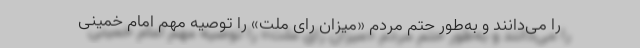
را می‌دانند و به‌طور حتم مردم «میزان راًی ملت» را توصیه مهم امام خمینی